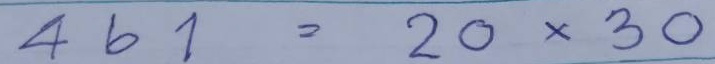
461 = 20 x 30